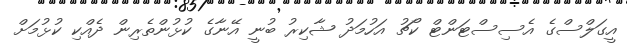
އީގަލްސްގެ އެސިސްޓަންޓް ކޯޗު އަހުމަދު ޝާކިރު ބުނީ އޭނާގެ ކުޅުންތެރިން ދެއްކި ކުޅުމަށް